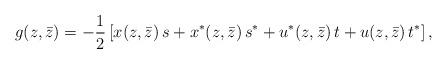
LaTeX: \begin{align*}g(z,\bar z)=-\frac{1}{2}\left[x(z,\bar z)\,s+x^*(z,\bar z)\,s^*+u^*(z,\bar z)\,t+u(z,\bar z)\,t^*\right],\end{align*}